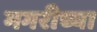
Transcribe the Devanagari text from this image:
मगरीच्या